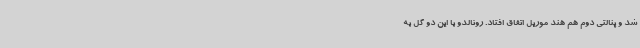
شد و پنالتی دوم هم هند موریل اتفاق افتاد. رونالدو با این دو گل به